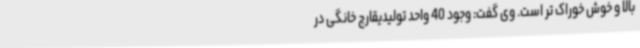
بالا و خوش خوراک تر است. وی گفت: وجود 40 واحد تولیدیقارچ خانگی در